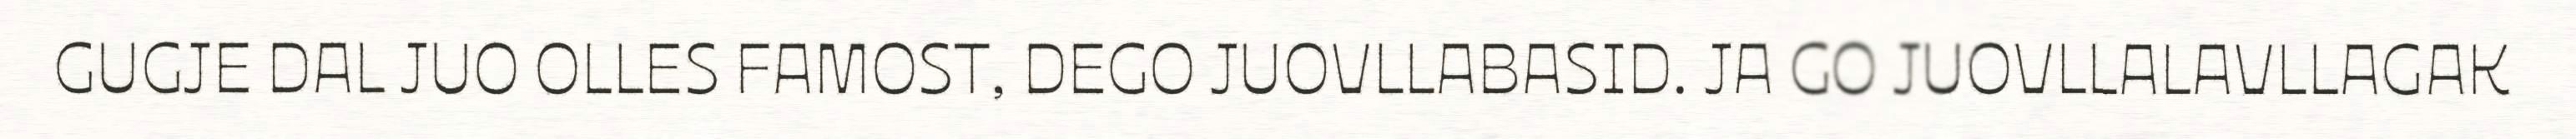
GUGJE DAL JUO OLLES FAMOST, DEGO JUOVLLABASID. JA GO JUOVLLALAVLLAGAK